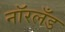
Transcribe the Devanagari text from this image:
नॉरलँड